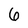
Character: 6